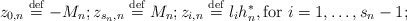
\begin{align*}z_{0,n}\stackrel{\rm def}{=}-M_{n};z_{s_{n},n}\stackrel{\rm def}{=}M_{n};z_{i,n}\stackrel{\rm def}{=}l_{i}h_{n}^{*},\mbox{for }i=1,\ldots ,s_{n}-1; \end{align*}